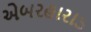
એબરહારાડ